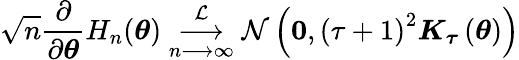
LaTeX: \sqrt{n}\frac{\partial}{\partial\boldsymbol{\theta}}H_{n}(\boldsymbol{\theta})\underset{n\longrightarrow\infty}{\overset{\mathcal{L}}{\longrightarrow}}\mathcal{N}\left(\boldsymbol{0},\left(\tau+1\right)^{2}\boldsymbol{K}_{\boldsymbol{\tau}}\left(\boldsymbol{\theta}\right)\right)